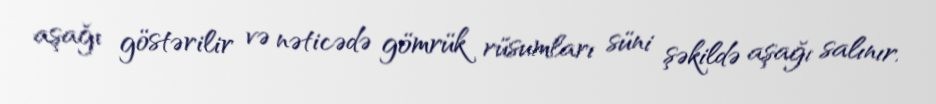
aşağı göstərilir və nəticədə gömrük rüsumları süni şəkildə aşağı salınır.